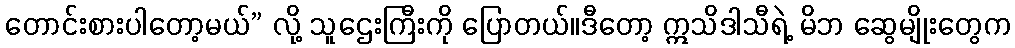
တောင်းစားပါတော့မယ်” လို့ သူဌေးကြီးကို ပြောတယ်။ဒီတော့ ဣသိဒါသီရဲ့ မိဘ ဆွေမျိုးတွေက